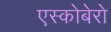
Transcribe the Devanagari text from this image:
एस्कोबेरो